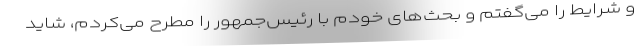
و شرایط را می‌گفتم و بحث‌های خودم با رئیس‌جمهور را مطرح می‌کردم، شاید